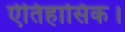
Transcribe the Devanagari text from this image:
ऐतिहासिक।